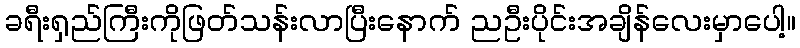
ခရီးရှည်ကြီးကိုဖြတ်သန်းလာပြီးနောက် ညဦးပိုင်းအချိန်လေးမှာပေါ့။